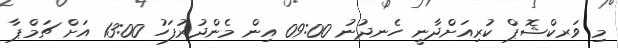
މި ވަރކްޝޮޕް ކުރިއަށްދާނީ ހެނދުނު 09:00 އިން މެންދުރުފަހު 13:00 އަށް ޗަމްޕާ